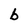
Character: b